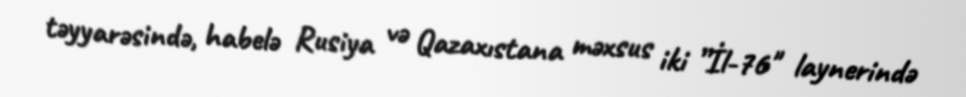
təyyarəsində, habelə Rusiya və Qazaxıstana məxsus iki ”İl-76" laynerində